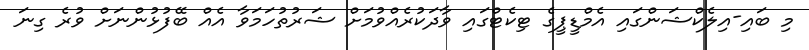
މި ބައި-އިލެކްޝަންގައި އެމްޑީޕީގެ ޓިކެޓްގައި ވާދަކުރެއްވުމަށް ޝަރުތުހަމަވާ އެއް ބޭފުޅުންނަށް ވުރެ ގިނަ